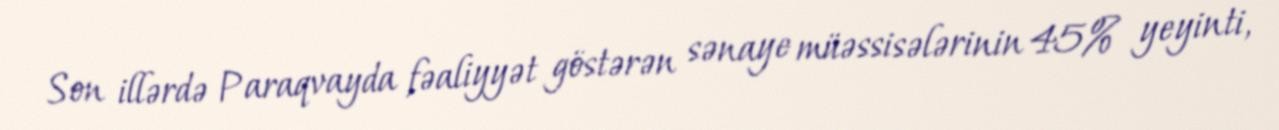
Son illərdə Paraqvayda fəaliyyət göstərən sənaye müəssisələrinin 45% yeyinti,